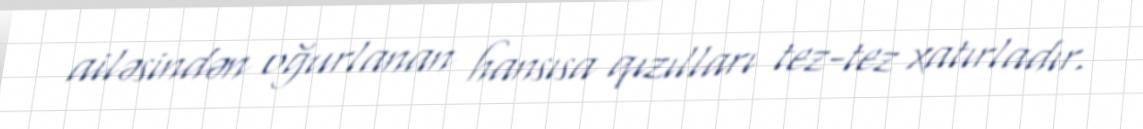
ailəsindən oğurlanan hansısa qızılları tez-tez xatırladır.